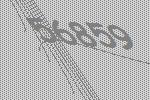
56859